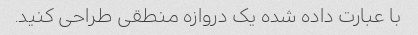
با عبارت داده شده یک دروازه منطقی طراحی کنید.